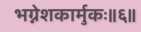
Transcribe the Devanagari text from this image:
भग्नेशकार्मुकः॥६॥